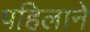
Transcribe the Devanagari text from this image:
पहिलाने